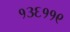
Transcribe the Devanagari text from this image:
१३६११९